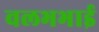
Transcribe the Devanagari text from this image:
वलभभाई